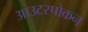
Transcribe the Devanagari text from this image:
आउटस्पोकन